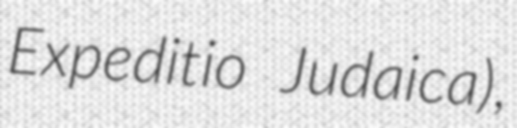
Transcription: Expeditio Judaica),